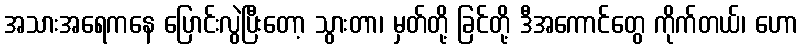
အသားအရေကနေ ပြောင်းလွဲပြီးတော့ သွားတာ၊ မှတ်တို့ ခြင်တို့ ဒီအကောင်တွေ ကိုက်တယ်၊ ဟော